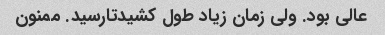
عالی بود. ولی زمان زیاد طول کشیدتارسید. ممنون